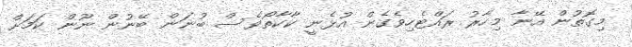
މިގޮތުން އޭނާ މިހާރު ރައްޓެހިވެގެން އުޅެނީ ކާކާތޯވެސް ބުނަން ބޭނުން ނޫން ކަމަށް